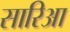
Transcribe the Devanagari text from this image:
सारिआ